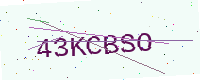
Text: 43KCBSO